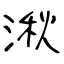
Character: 湫